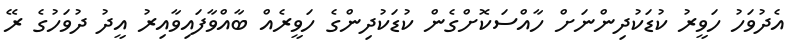
އެދުވަހު ހަވީރު ކުޑަކުދިންނަށް ހާއްސަކޮށްގެން ކުޑަކުދިންގެ ހަވީރެެއް ބާއްވާފައިވާއިރު އީދު ދުވަހުގެ ރޭ